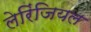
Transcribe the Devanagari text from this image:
लेरिंजियल